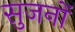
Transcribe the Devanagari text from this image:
सुजनों